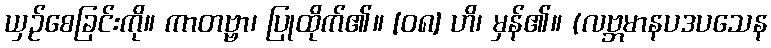
ယှဉ်စေခြင်းကို။ ကာတဗ္ဗာ၊ ပြုထိုက်၏။ [၀၈] ဟိ၊ မှန်၏။ (လဗ္ဘမာနပဒပသေန